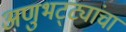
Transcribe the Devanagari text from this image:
अणुभट्ट्यांचा